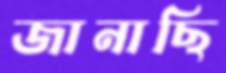
জানাছি